Civil Veterinary Dept. Assam report 1911-1927 - 1911-1927
Year: 1911
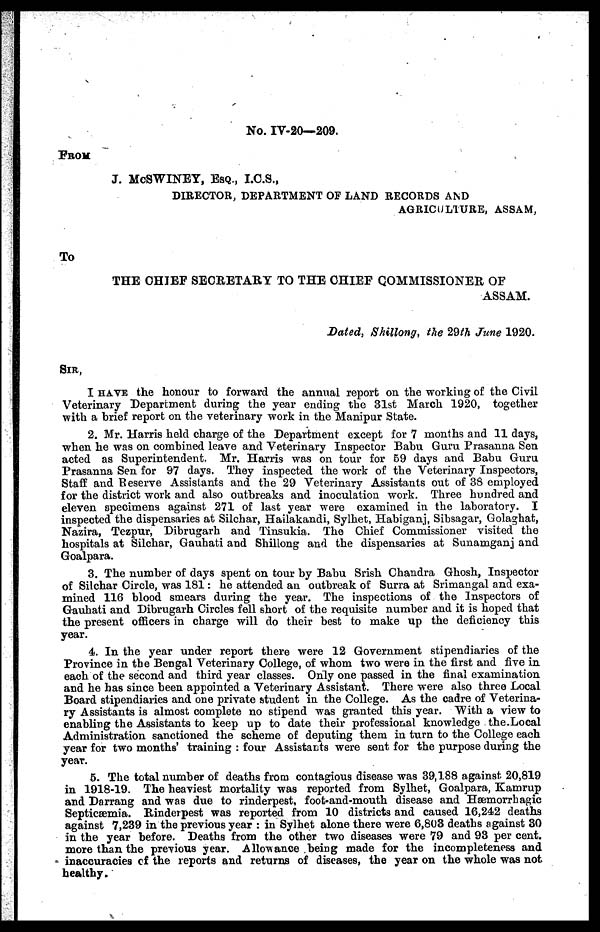
No. IV-20—209.
FROM
J. McSWINEY, ESQ., I.C.S.,
DIRECTOR, DEPARTMENT OF LAND RECORDS AND
AGRICULTURE, ASSAM,
To
THE CHIEF SECRETARY TO THE CHIEF COMMISSIONER OF
ASSAM.
Dated, Shillong, the 29th June 1920.
SIR,
I HAVE the honour to forward the annual report on the working of the Civil
Veterinary Department during the year ending the 31st March 1920, together
with a brief report on the veterinary work in the Manipur State.
2. Mr. Harris held charge of the Department except for 7 months and 11 days,
when he was on combined leave and Veterinary Inspector Babu Guru Prasanna Sen
acted as Superintendent. Mr. Harris was on tour for 69 days and Babu Guru
Prasanna Sen for 97 days. They inspected the work of the Veterinary Inspectors,
Staff and Reserve Assistants and the 29 Veterinary Assistants out of 38 employed
for the district work and also outbreaks and inoculation work. Three hundred and
eleven specimens against 271 of last year were examined in the laboratory. I
inspected the dispensaries at Silchar, Hailakandi, Sylhet, Habiganj, Sibsagar, Golaghat,
Nazira, Tezpur, Dibrugarh and Tinsukia. The Chief Commissioner visited the
hospitals at Silchar, Gauhati and Shiliong and the dispensaries at Sunamganj and
Goalpara.
3. The number of days spent on tour by Babu Srish Chandra Ghosh, Inspector
of Silchar Circle, was 181: he attended an outbreak of Surra at Srimangal and exa-
mined 116 blood smears during the year. The inspections of the Inspectors of
Gauhati and Dibrugarh Circles fell Short of the requisite number and it is hoped that
the present officers in charge will do their best to make up the deficiency this
year.
4. In the year under report there were 12 Government stipendiaries of the
Province in the Bengal Veterinary College, of whom two were in the first and five in
each of the second and third year classes. Only one passed in the final examination
and he has since been appointed a Veterinary Assistant. There were also three Local
Board stipendiaries and one private student in the College. As the cadre of Veterina-
ry Assistants is almost complete no stipend was granted this year. With a view to
enabling the Assistants to keep up to date their professional knowledge the.Local
Administration sanctioned the scheme of deputing them in turn to the College each
year for two months' training : four Assistants were sent for the purpose during the
year.
5. The total number of deaths from contagious disease was 39,188 against 20,819
in 1918-19. The heaviest mortality was reported from Sylhet, Goalpara, Kamrup
and Darrang and was due to rinderpest, foot-and-mouth disease and Hæmorrhagic
Septicæmia. Rinderpest was reported from 10 districts and caused 16,242 deaths
against 7,239 in the previous year : in Sylhet alone there were 6,803 deaths against 30
in the year before. Deaths from the other two diseases were 79 and 93 per cent.
more than the previous year. Allowance being made for the incompleteness and
inaccuracies of the reports and returns of diseases, the year on the whole was not
healthy.